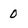
Character: 0